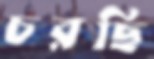
চরছি